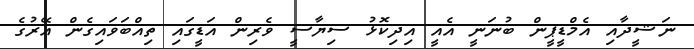
ނަޝީދާއި އެމްޑީޕީން ބުނަނީ އެއީ އިދިކޮޅު ސިޔާސީ ވެރިން އަޑީގައި ތިއްބަވައިގެން އޭރުގެ